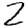
Digit: 2